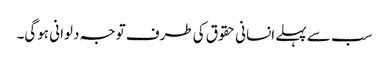
سب سے پہلے انسانی حقوق کی طرف توجہ دلوانی ہوگی۔